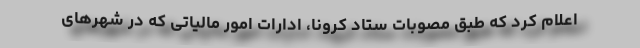
اعلام کرد که طبق مصوبات ستاد کرونا، ادارات امور مالیاتی که در شهرهای